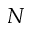
N